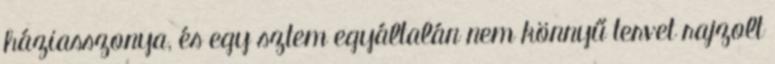
háziasszonya, és egy sztem egyáltalán nem könnyű tervet rajzolt